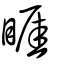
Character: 睚